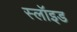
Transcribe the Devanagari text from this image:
स्लॉइड